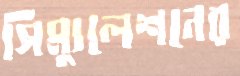
সিম্যুলেশনের